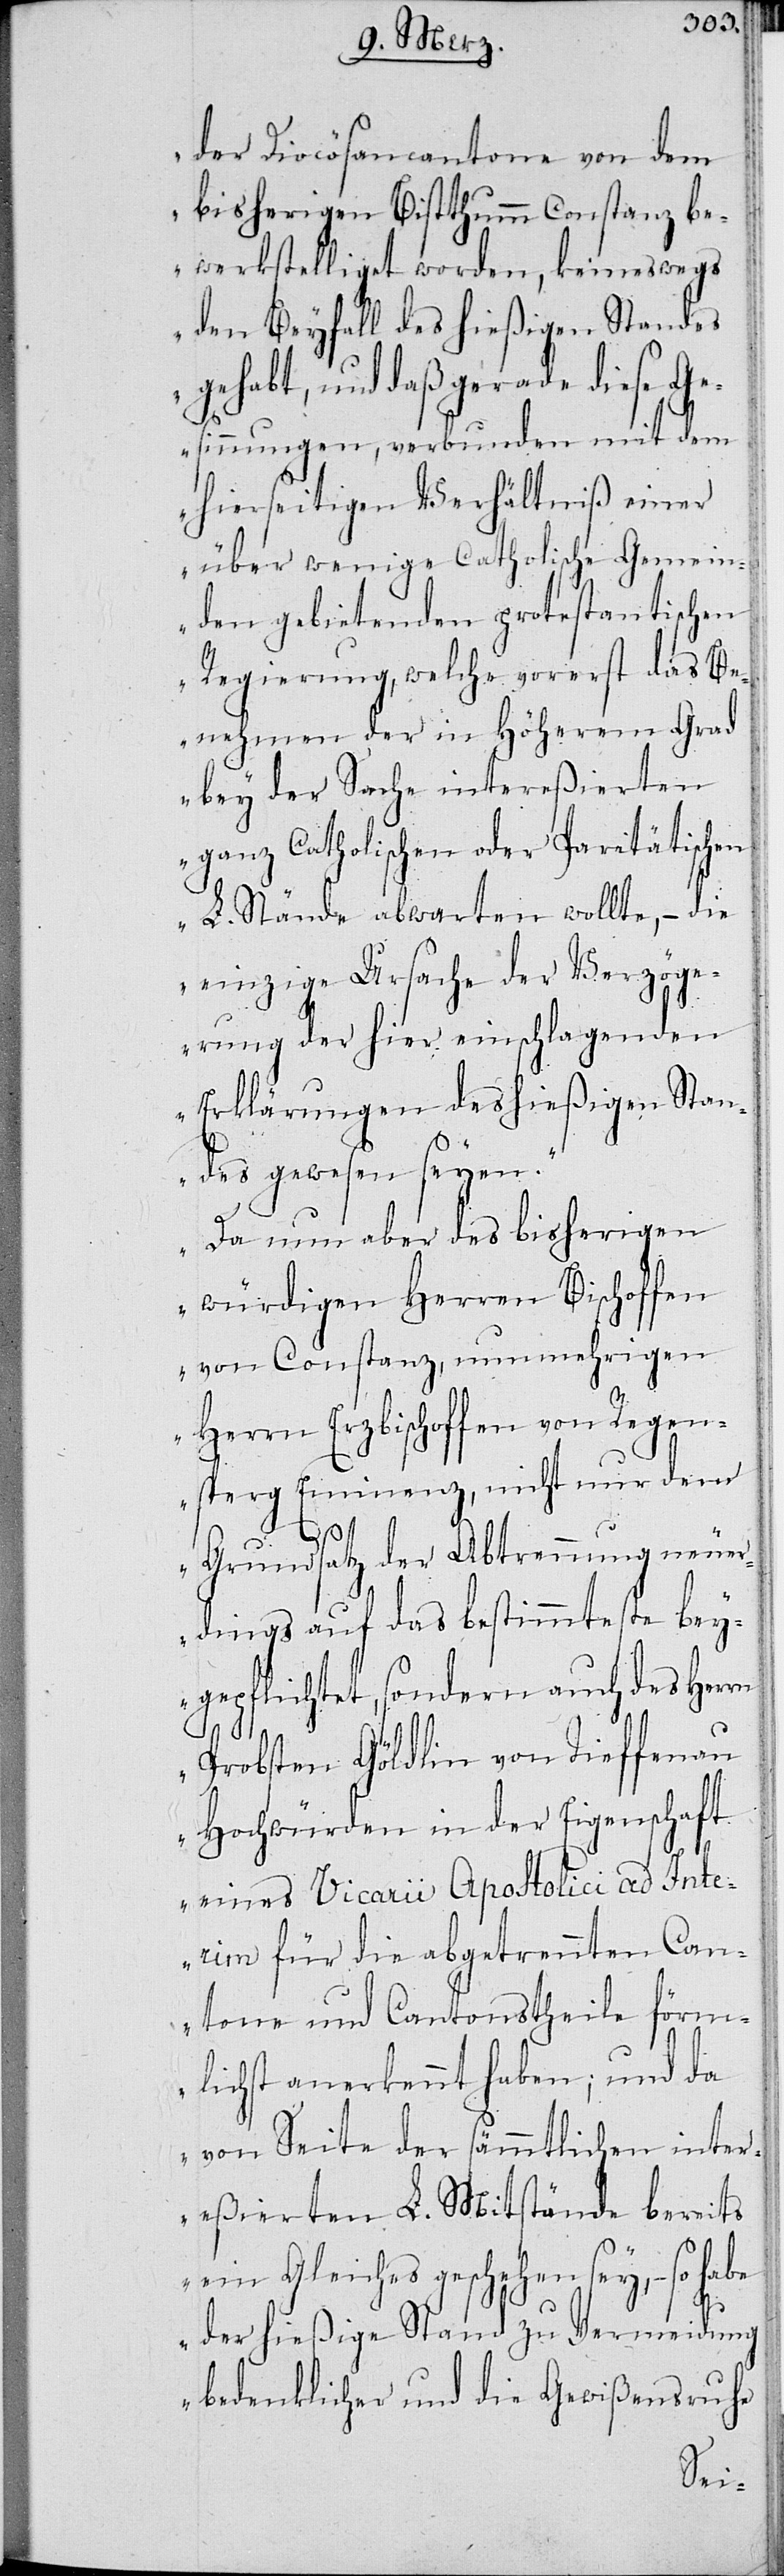
der Diocösancantone von dem
bisherigen Bistthumm Constanz be¬
werkstelliget worden, keineswegs
den Beyfall des hießigen Standes
gehabt, und daß gerade diese Ge¬
sinnungen, verbunden mit dem
hierseitigen Verhältniß einer
über wenige Catholische Gemein¬
den gebietenden protestantischen
Regierung, welche vorerst das Be¬
nehmen der in höherem Grad
bey der Sache intereßierten
ganz Catholischen oder Paritätischen
L. Stände abwarten wollte, – die
einzige Ursache der Verzöge¬
rung der hier einschlagenden
Erklärungen des hießigen Stan¬
des gewesen seyen.
Da nun aber des bisherigen
würdigen Herren Bischoffen
von Constanz, nunmehrigen
Herrn Erzbischoffen von Regen¬
sperg Eminenz, nicht nur dem
Grundsatz der Abtrennung neue¬
rdings auf das bestimmteste bey¬
gepflichtet, sondern auch des Herrn
Probsten Göldlin von Tieffenau
Hochwürden in der Eigenschaft
eines Vicarii Apostolici ad Inte¬
rim für die abgetrennten Can¬
tone und Cantonstheile förm¬
lichst anerkennt haben; und da
von Seite der sämmtlichen inter¬
eßierten L. Mitstände bereits
ein Gleiches geschehen sey, – so habe
der hießige Stand zu Vermeidung
bedenklicher und die Gewißensruhe